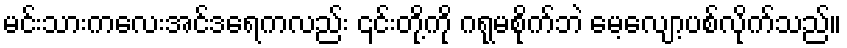
မင်းသားကလေးအင်ဒရေကလည်း ၎င်းတို့ကို ဂရုမစိုက်ဘဲ မေ့လျော့ပစ်လိုက်သည်။